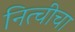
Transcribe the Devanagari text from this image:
नित्चीचा